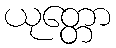
ယုတ္တော